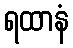
ရထာနံ